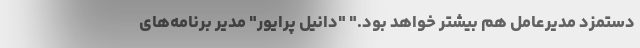
دستمزد مدیرعامل هم بیشتر خواهد بود." "دانیل پرایور" مدیر برنامه‌های